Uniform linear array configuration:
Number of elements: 24
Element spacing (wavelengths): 0.25
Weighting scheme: cosine
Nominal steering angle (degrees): -45
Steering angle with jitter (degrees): -43.196
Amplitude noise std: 0.05
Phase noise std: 0.05

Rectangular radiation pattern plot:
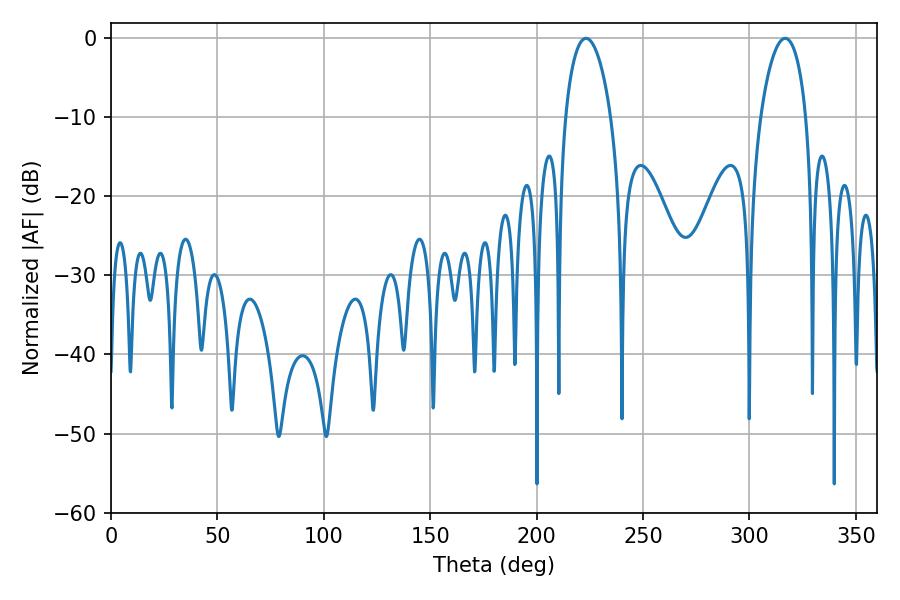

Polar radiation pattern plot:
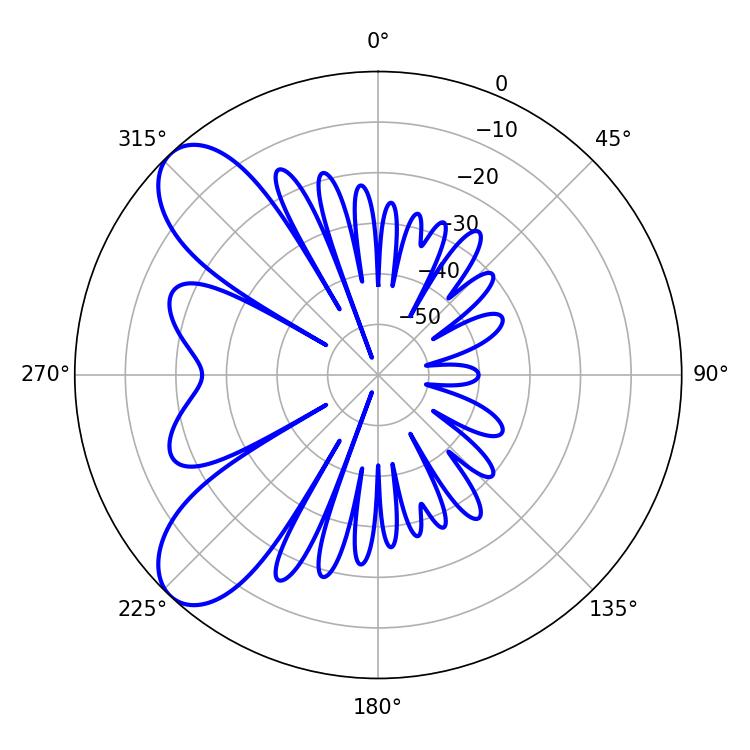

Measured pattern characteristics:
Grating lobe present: FALSE
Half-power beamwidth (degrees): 12.24
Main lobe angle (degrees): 223.2